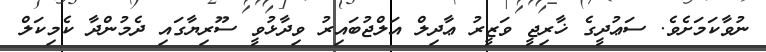
ނުވާކަމަށެވެ. ސަޢުދީގެ ޚާރިޖީ ވަޒީރު ޢާދިލް އަލްޖުބައިރު ވިދާޅުވީ ސޫރިޔާގައި ދެމުންދާ ކެމިކަލް